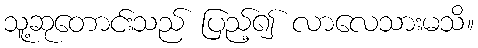
သူ့ဆုတောင်းသည် ပြည့်၍ လာလေသားမသိ။